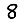
Digit: 8